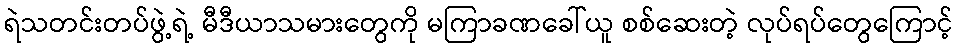
ရဲသတင်းတပ်ဖွဲ့ရဲ့ မီဒီယာသမားတွေကို မကြာခဏခေါ်ယူ စစ်ဆေးတဲ့ လုပ်ရပ်တွေကြောင့်